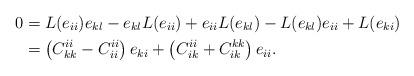
LaTeX: \begin{align*}0&=L(e_{ii})e_{kl}-e_{kl}L(e_{ii})+e_{ii}L(e_{kl})-L(e_{kl})e_{ii}+L(e_{ki})\\&=\left(C_{kk}^{ii}-C_{ii}^{ii}\right)e_{ki}+\left(C_{ik}^{ii}+C_{ik}^{kk}\right)e_{ii}.\end{align*}